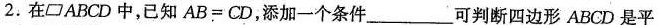
2.在\parallelogram ABCD中，已知$$AB=CD$$，添加一个条件____可判断四边形ABCD是平